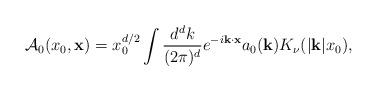
LaTeX: \begin{align*}{\cal A}_0 (x_0, {\bf x}) = x_0^{d/2}\int {d^d k \over (2\pi)^d} e^{-i{\bf k}\cdot{\bf x}} a_0({\bf k})K_\nu(|{\bf k}|x_0), \end{align*}